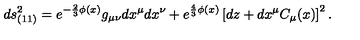
d s _ { ( 1 1 ) } ^ { 2 } = e ^ { - \frac 2 3 \phi ( x ) } g _ { \mu \nu } d x ^ { \mu } d x ^ { \nu } + e ^ { \frac 4 3 \phi ( x ) } \left[ d z + d x ^ { \mu } C _ { \mu } ( x ) \right] ^ { 2 } .